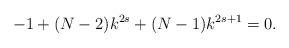
LaTeX: \begin{align*}-1+(N-2)k^{2s}+(N-1)k^{2s+1}=0.\end{align*}